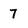
Character: 7